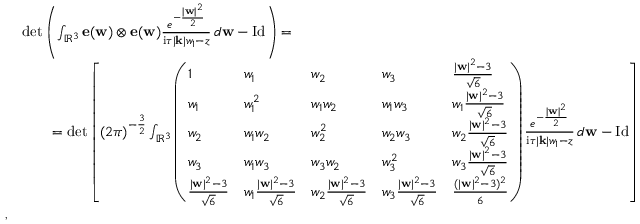
\begin{array} { r l } & { \operatorname* { d e t } \left( \int _ { \mathbb { R } ^ { 3 } } \mathbf { e } ( \mathbf { w } ) \otimes \mathbf { e } ( \mathbf { w } ) \frac { e ^ { - \frac { | \mathbf { w } | ^ { 2 } } { 2 } } } { \mathrm { i } \tau | \mathbf { k } | w _ { 1 } - z } \, d \mathbf { w } - \mathrm { I d } \right) = } \\ & { \qquad = \operatorname* { d e t } \left[ ( 2 \pi ) ^ { - \frac { 3 } { 2 } } \int _ { \mathbb { R } ^ { 3 } } \left( \begin{array} { l l l l l } { 1 } & { w _ { 1 } } & { w _ { 2 } } & { w _ { 3 } } & { \frac { | \mathbf { w } | ^ { 2 } - 3 } { \sqrt { 6 } } } \\ { w _ { 1 } } & { w _ { 1 } ^ { 2 } } & { w _ { 1 } w _ { 2 } } & { w _ { 1 } w _ { 3 } } & { w _ { 1 } \frac { | \mathbf { w } | ^ { 2 } - 3 } { \sqrt { 6 } } } \\ { w _ { 2 } } & { w _ { 1 } w _ { 2 } } & { w _ { 2 } ^ { 2 } } & { w _ { 2 } w _ { 3 } } & { w _ { 2 } \frac { | \mathbf { w } | ^ { 2 } - 3 } { \sqrt { 6 } } } \\ { w _ { 3 } } & { w _ { 1 } w _ { 3 } } & { w _ { 3 } w _ { 2 } } & { w _ { 3 } ^ { 2 } } & { w _ { 3 } \frac { | \mathbf { w } | ^ { 2 } - 3 } { \sqrt { 6 } } } \\ { \frac { | \mathbf { w } | ^ { 2 } - 3 } { \sqrt { 6 } } } & { w _ { 1 } \frac { | \mathbf { w } | ^ { 2 } - 3 } { \sqrt { 6 } } } & { w _ { 2 } \frac { | \mathbf { w } | ^ { 2 } - 3 } { \sqrt { 6 } } } & { w _ { 3 } \frac { | \mathbf { w } | ^ { 2 } - 3 } { \sqrt { 6 } } } & { \frac { ( | \mathbf { w } | ^ { 2 } - 3 ) ^ { 2 } } { 6 } } \end{array} \right) \frac { e ^ { - \frac { | \mathbf { w } | ^ { 2 } } { 2 } } } { \mathrm { i } \tau | \mathbf { k } | w _ { 1 } - z } \, d \mathbf { w } - \mathrm { I d } \right] } \\ { , } \end{array}